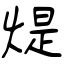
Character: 煶